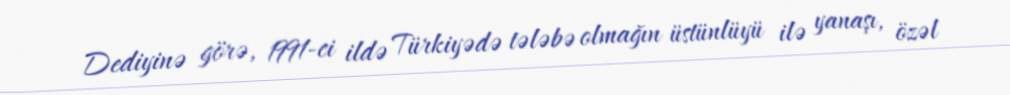
Dediyinə görə, 1991-ci ildə Türkiyədə tələbə olmağın üstünlüyü ilə yanaşı, özəl